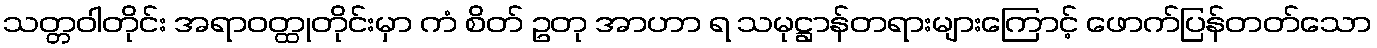
သတ္တဝါတိုင်း အရာဝတ္ထုတိုင်းမှာ ကံ စိတ် ဥတု အာဟာ ရ သမုဋ္ဌာန်တရားများကြောင့် ဖောက်ပြန်တတ်သော